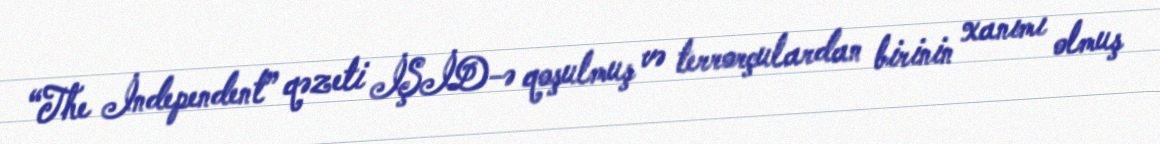
“The İndependent” qəzeti İŞİD-ə qoşulmuş və terrorçulardan birinin xanımı olmuş